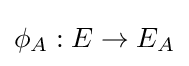
\phi _{A}:E\rightarrow E_{A}